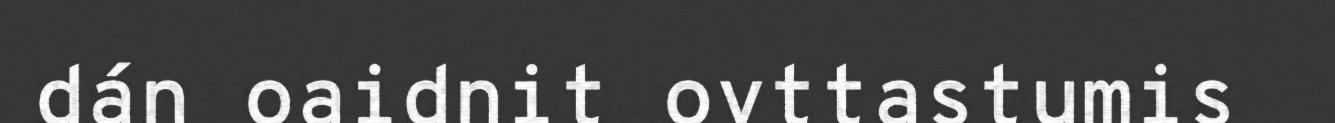
dán oaidnit ovttastumis